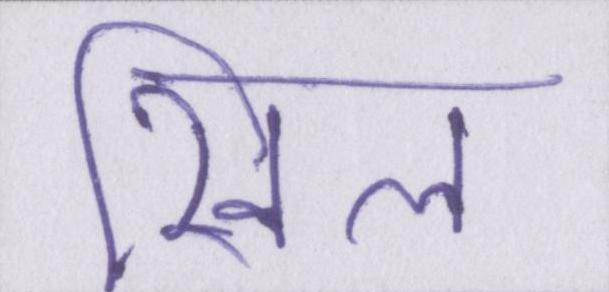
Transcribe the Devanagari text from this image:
खिल